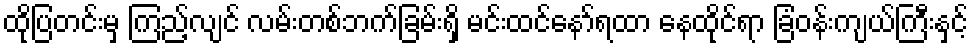
ထိုပြတင်းမှ ကြည့်လျင် လမ်းတစ်ဘက်ခြမ်းရှိ မင်းထင်နော်ရထာ နေထိုင်ရာ ခြံဝန်းကျယ်ကြီးနှင့်